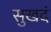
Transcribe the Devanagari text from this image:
सुखदं